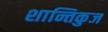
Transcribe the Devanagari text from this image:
शान्तिकुज